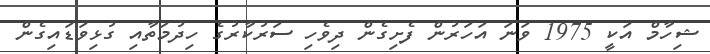
ޝިހާމް އަކީ 1975 ވަނަ އަހަރުން ފެށިގެން ދިވެހި ސަރުކާރުގެ ހިދުމަތާއި ގުޅިވަޑައިގެން